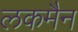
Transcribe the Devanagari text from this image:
लकमैन